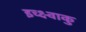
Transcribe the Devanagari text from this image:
इच्क्ष्वाकु